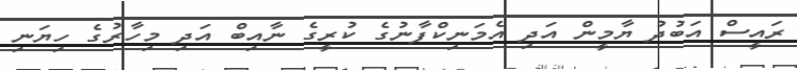
ރައީސް އަބުދު ޔާމީން އަދި އެމަނިކްފާނުގެ ކުރީގެ ނާއިބް އަދި މިހާރުގެ ހިޔަނި